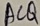
Text: ACQ